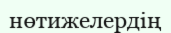
нөтижелердің